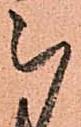
被